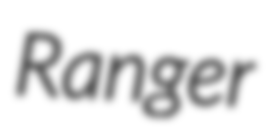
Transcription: Ranger